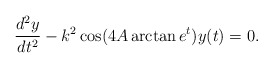
\begin{align*}\frac{d^2y}{d t^2}-k^2\cos(4A\arctan e^t)y(t)=0.\end{align*}